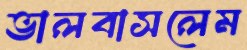
ভালবাসলেম